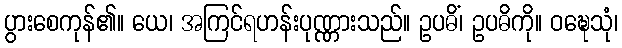
ပွားစေကုန်၏။ ယေ၊ အကြင်ရဟန်းပုဏ္ဏားသည်။ ဥပဓိံ၊ ဥပဓိကို။ ဝဍ္ဎေသုံ၊